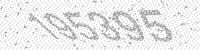
Solution: 195395